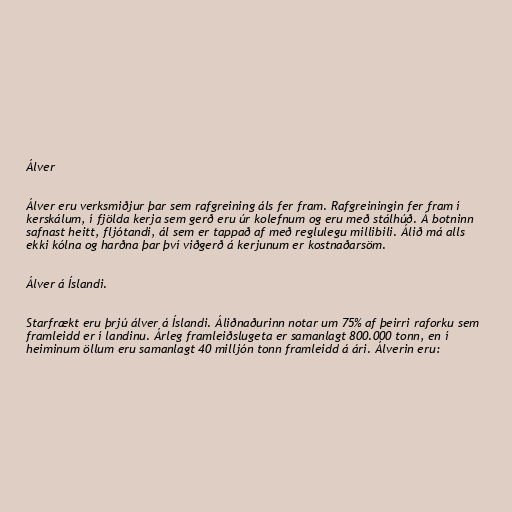
Álver

Álver eru verksmiðjur þar sem rafgreining áls fer fram. Rafgreiningin fer fram í
kerskálum, í fjölda kerja sem gerð eru úr kolefnum og eru með stálhúð. Á botninn
safnast heitt, fljótandi, ál sem er tappað af með reglulegu millibili. Álið má alls
ekki kólna og harðna þar því viðgerð á kerjunum er kostnaðarsöm.

Álver á Íslandi.

Starfrækt eru þrjú álver á Íslandi. Áliðnaðurinn notar um 75% af þeirri raforku sem
framleidd er í landinu. Árleg framleiðslugeta er samanlagt 800.000 tonn, en í
heiminum öllum eru samanlagt 40 milljón tonn framleidd á ári. Álverin eru: